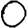
Digit: 0